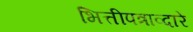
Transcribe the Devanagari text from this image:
भित्तीपत्राव्दारे